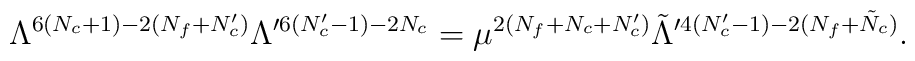
\Lambda^{6(N_c+1)-2(N_f+N_c')}\Lambda^{\prime 6(N_c'-1)-2N_c}     = \mu^{2(N_f+N_c+N_c')}       \tilde{\Lambda}^{\prime 4(N_c'-1)-2(N_f+\tilde{N}_c)}.